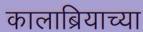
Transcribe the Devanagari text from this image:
कालाब्रियाच्या